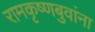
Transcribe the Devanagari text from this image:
रामकृष्णबुवांना